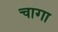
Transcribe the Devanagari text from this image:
चागा